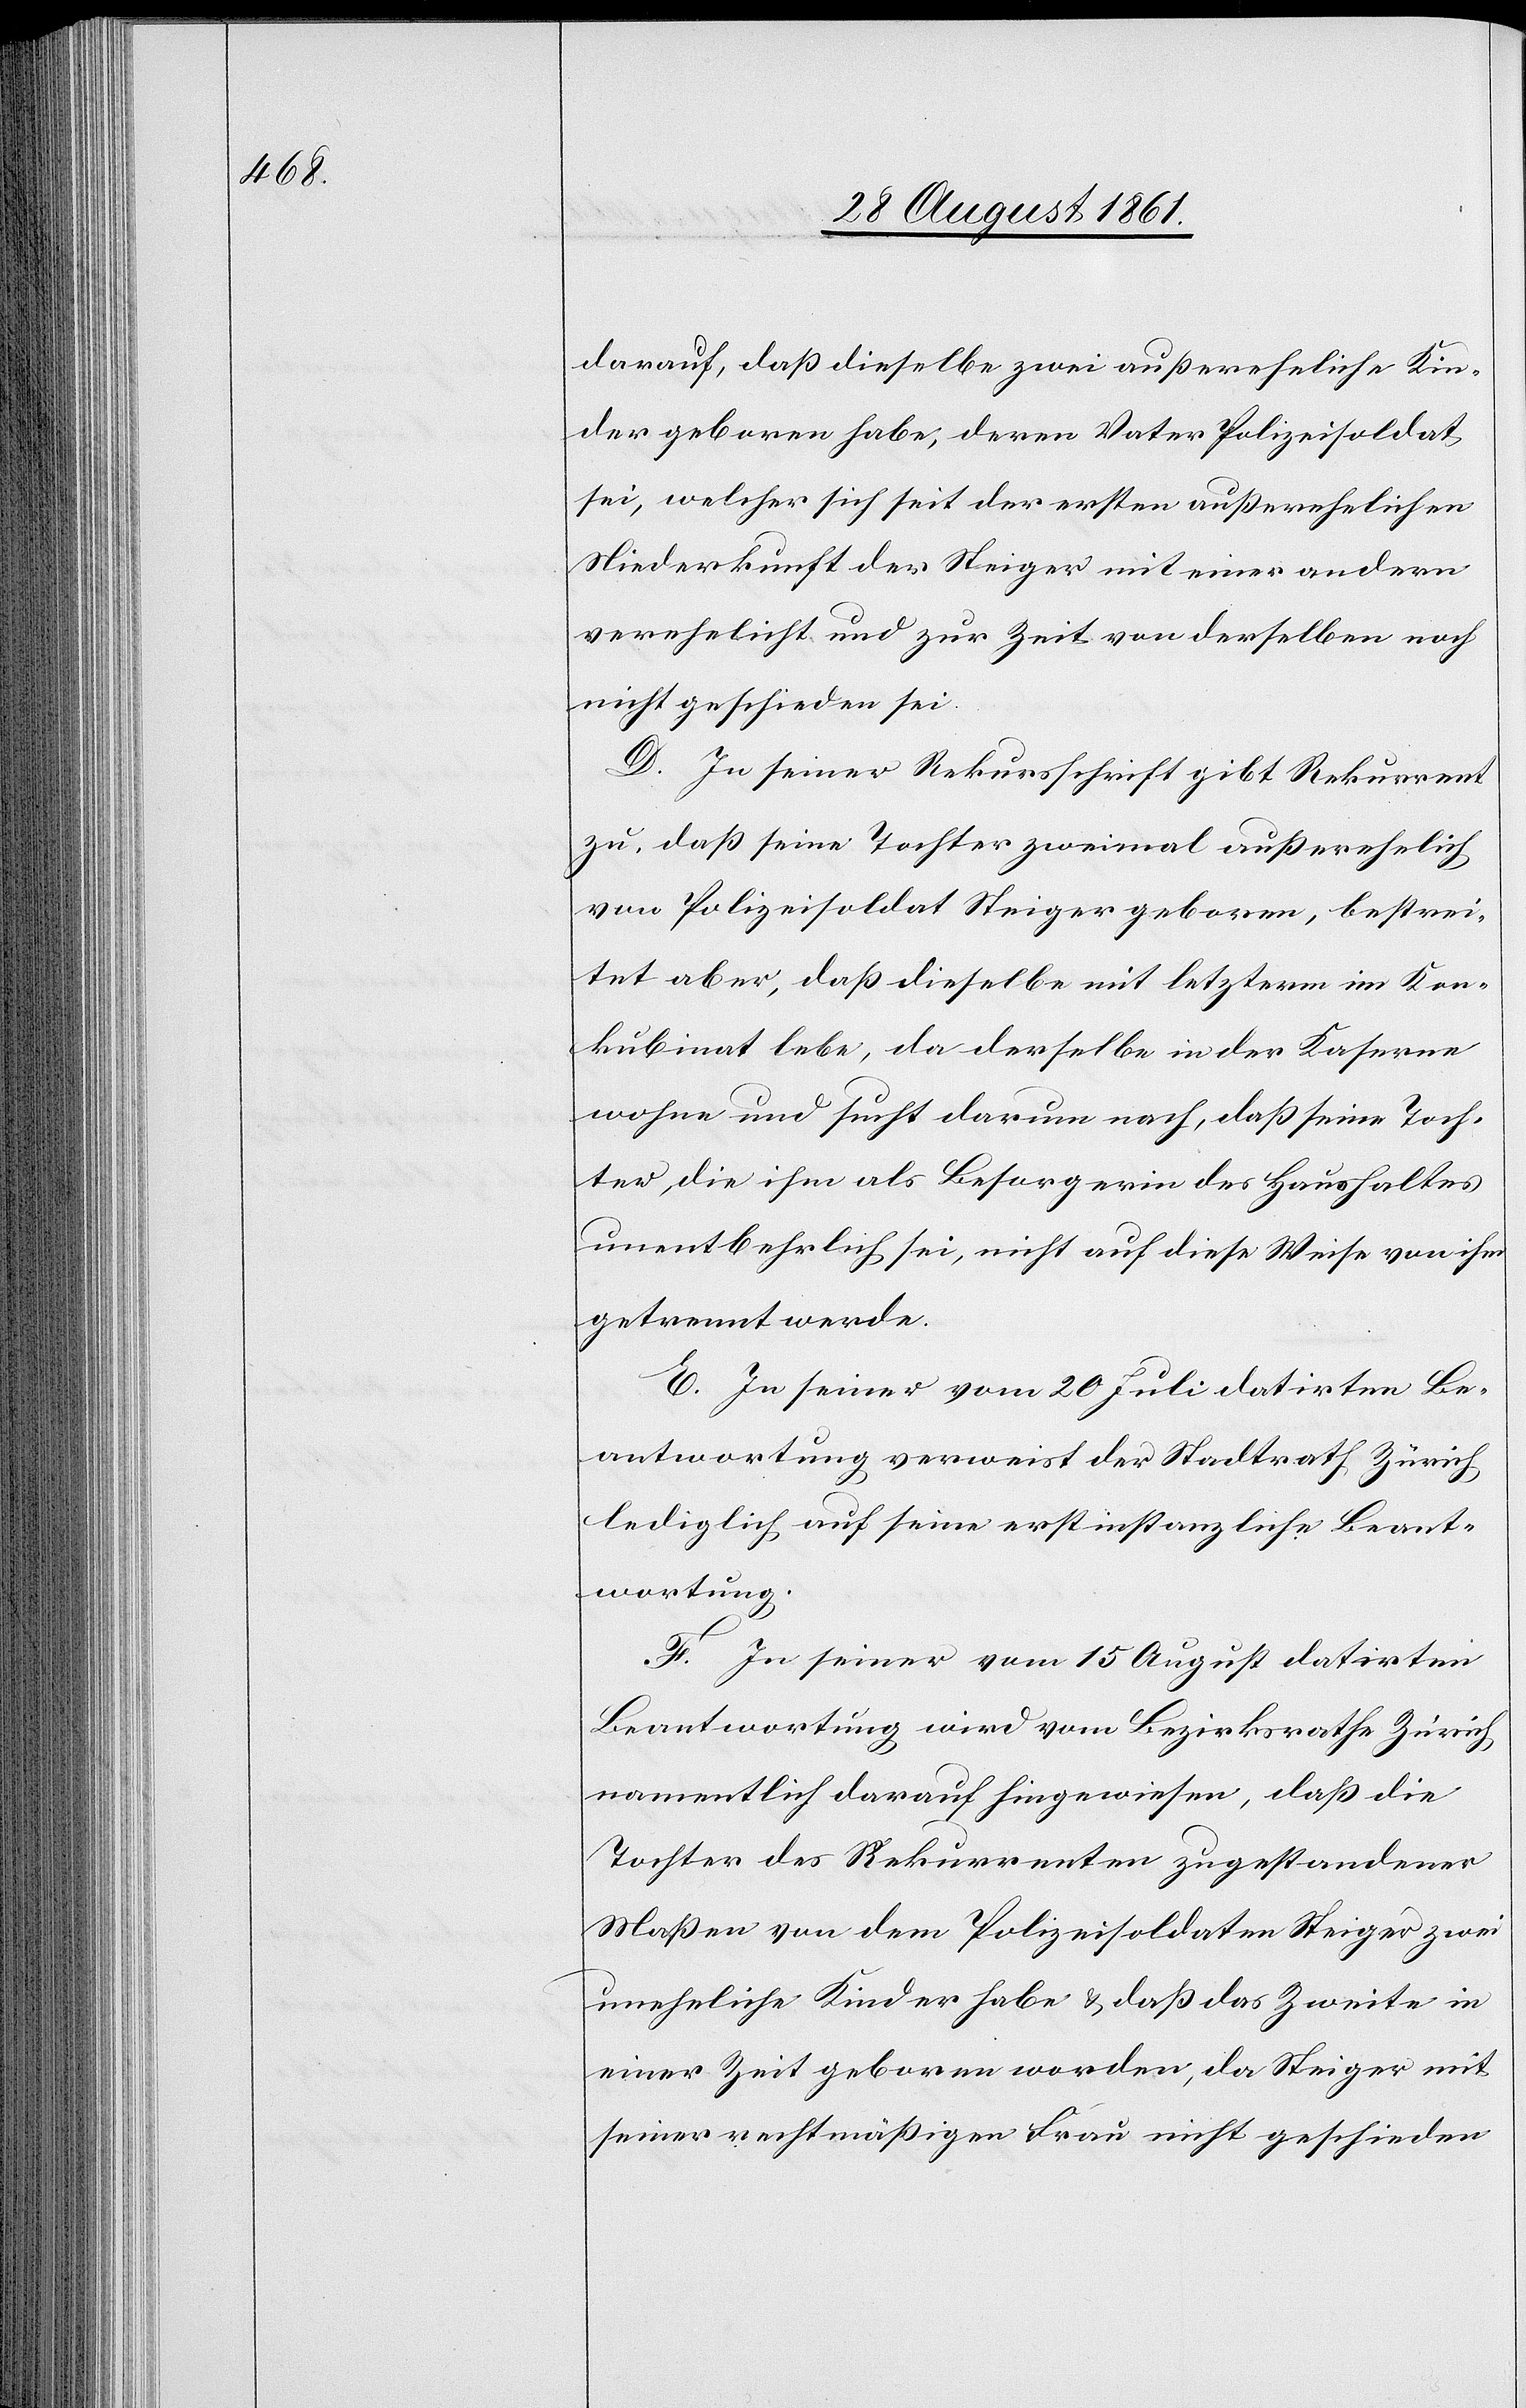
darauf, daß dieselbe zwei außereheliche Kin¬
der geboren habe, deren Vater Polizeisoldat
sei, welcher sich seit der ersten außerehelichen
Niederkunft der Steiger mit einer andern
verehelicht und zur Zeit von derselben noch
nicht geschieden sei.
D. In seiner Rekursschrift gibt Rekurrent
zu, daß seine Tochter zweimal außerehelich
von Polizeisoldat Steiger geboren, bestrei¬
tet aber, daß dieselbe mit letzterm im Kon¬
kubinat lebe, da derselbe in der Kaserne
wohne und sucht darum nach, daß seine Toch¬
ter, die ihm als Besorgerin des Haushaltes
unentbehrlich sei, nicht auf diese Weise von ihm
getrennt werde.
E. In seiner vom 20 Juli datirten Be¬
antwortung verweist der Stadtrath Zürich
lediglich auf seine erstinstanzliche Beant¬
wortung.
F. In seiner vom 15 August datirten
Beantwortung wird vom Bezirksrathe Zürich,
namentlich darauf hingewiesen, daß die
Tochter des Rekurrenten zugestandener
Maßen von dem Polizeisoldaten Steiger zwei
uneheliche Kinder habe u. daß das Zweite in
einer Zeit geboren worden, da Steiger mit
seiner rechtmäßigen Frau nicht geschieden